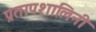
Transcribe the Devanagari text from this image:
प्रतापशालिनी